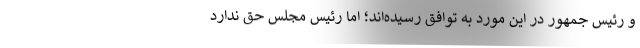
و رئیس جمهور در این مورد به توافق رسیده‌اند؛ اما رئیس مجلس حق ندارد